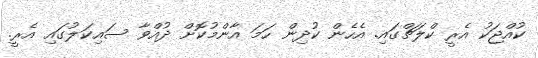
ކުއްޖަކު އެރީ ކްލަޗްގައި. އެހެން ކުދިން ހަމަ އާންމުކޮށް ދުއްވާ ސައިކަލުގައި އެރީ.